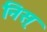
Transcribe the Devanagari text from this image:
निस्